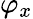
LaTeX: \varphi_{x}